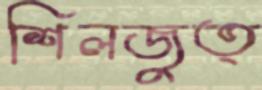
শিলজুত্